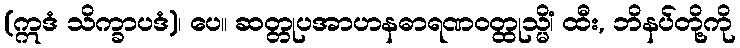
(ဣဒံ သိက္ခာပဒံ)၊ ပေ။ ဆတ္တုပအာဟနဓာရဏဝတ္ထုသ္မိံ၊ ထီး, ဘိနပ်တို့ကို